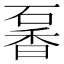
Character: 𥔡